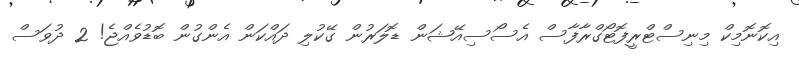
އިކޮނޮމިކް މިނިސްޓްރީފޮޓޯގްރާފާސް އެސޯސިއޭޝަން ޑޮލަރުން ގޭކުލި ދައްކަން އެންގުން ބޮޑުވެއްޖެ! 2 ދުވަސް